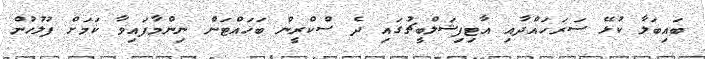
ބައިބަލާ ކުޅޭ ސަރަހައްދާއި އާޓިފިޝަލްބީޗުގައި ދެ ސްކްރީން ބަހައްޓަން ނިންމާފައިވާ ކަމަށް ފުލުހުން